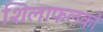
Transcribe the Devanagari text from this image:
शिलाफलकों